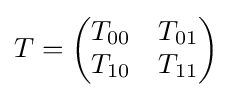
T={\begin{pmatrix}T_{00}&T_{01}\\T_{10}&T_{11}\end{pmatrix}}